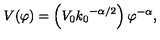
V ( \varphi ) = \left( V _ { 0 } { k _ { 0 } } ^ { - { \alpha } / 2 } \right) { \varphi } ^ { - \alpha } ,